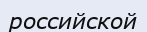
российской